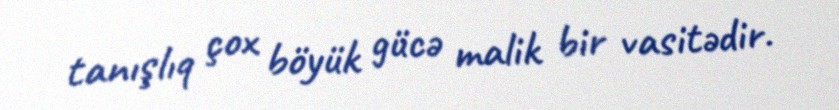
tanışlıq çox böyük gücə malik bir vasitədir.